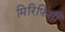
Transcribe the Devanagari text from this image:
मिरिफ़िसी